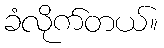
ခံလိုက်တယ်။